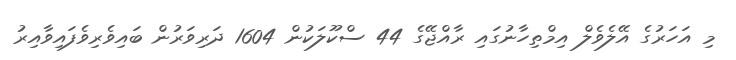
މި އަހަރުގެ އޭލެވެލް އިމްތިހާނުގައި ރާއްޖޭގެ 44 ސްކޫލަކުން 1604 ދަރިވަރުން ބައިވެރިވެފައިވާއިރު